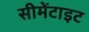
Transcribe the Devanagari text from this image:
सीमेंटाइट